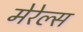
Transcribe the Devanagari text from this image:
मेरेल्स